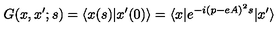
G ( x , x ^ { \prime } ; s ) = \langle x ( s ) | x ^ { \prime } ( 0 ) \rangle = \langle x | e ^ { - i ( p - e A ) ^ { 2 } s } | x ^ { \prime } \rangle